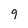
Character: 9